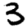
Digit: 3